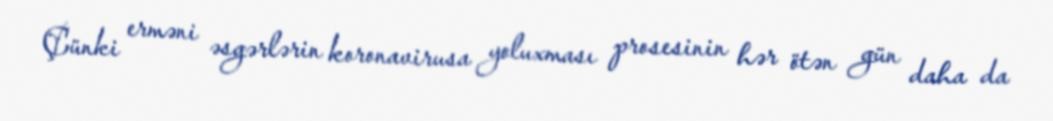
Çünki erməni əsgərlərin koronavirusa yoluxması prosesinin hər ötən gün daha da